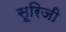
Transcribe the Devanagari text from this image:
सूरिजी